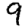
Digit: 9